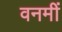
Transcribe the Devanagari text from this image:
वनमीं